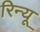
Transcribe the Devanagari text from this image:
रिन्यू